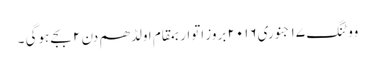
ووٹنگ ١٧ جنوری٢٠١٦ بروز اتواربمقام اولڈھم دن ٢ بجے ہوگی ۔